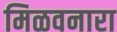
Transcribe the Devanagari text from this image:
मिळवनारा